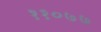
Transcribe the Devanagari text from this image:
११०७७